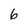
Character: 6